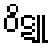
ဝိဋူ